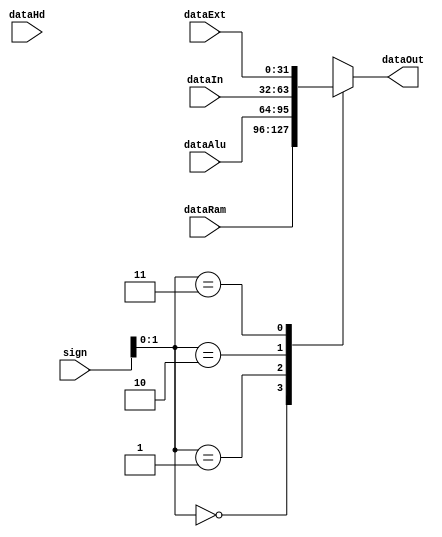
module Mux(
	input [2:0] sign		,
	input [31:0] dataRam	,
	input [31:0] dataAlu	,
	input [31:0] dataIn	,
	input [31:0] dataExt	,
	input [31:0] dataHd	,
	output reg[31:0] dataOut
);

	
	always@(*) begin
		case(sign[1:0])
			0: dataOut = dataRam;
			1: dataOut = dataAlu;
			2: dataOut = dataIn;
			3: dataOut = dataExt;
			4: dataOut = dataHd;
			default: dataOut = 32'bz;
		endcase
	end
	

endmodule